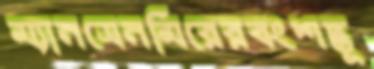
ম্যানসেনমিরেরবংশদ্ভূ